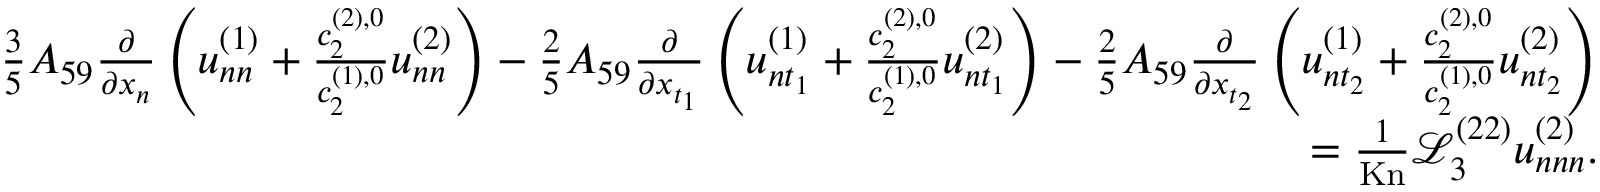
\begin{array} { r } { \frac { 3 } { 5 } A _ { 5 9 } \frac { \partial } { \partial x _ { n } } \left( u _ { n n } ^ { ( 1 ) } + \frac { c _ { 2 } ^ { ( 2 ) , 0 } } { c _ { 2 } ^ { ( 1 ) , 0 } } u _ { n n } ^ { ( 2 ) } \right) - \frac { 2 } { 5 } A _ { 5 9 } \frac { \partial } { \partial x _ { t _ { 1 } } } \left( u _ { n t _ { 1 } } ^ { ( 1 ) } + \frac { c _ { 2 } ^ { ( 2 ) , 0 } } { c _ { 2 } ^ { ( 1 ) , 0 } } u _ { n t _ { 1 } } ^ { ( 2 ) } \right) - \frac { 2 } { 5 } A _ { 5 9 } \frac { \partial } { \partial x _ { t _ { 2 } } } \left( u _ { n t _ { 2 } } ^ { ( 1 ) } + \frac { c _ { 2 } ^ { ( 2 ) , 0 } } { c _ { 2 } ^ { ( 1 ) , 0 } } u _ { n t _ { 2 } } ^ { ( 2 ) } \right) } \\ { = \frac { 1 } { \mathrm { K n } } \mathscr { L } _ { 3 } ^ { ( 2 2 ) } u _ { n n n } ^ { ( 2 ) } . } \end{array}